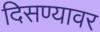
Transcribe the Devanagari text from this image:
दिसण्यावर